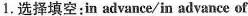
1.选择填空:in advance/in advance of